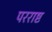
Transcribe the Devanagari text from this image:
परराष्ट